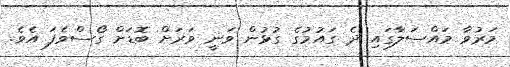
މަރުވާ މައްސަލާގައި ދެ ގައުމުގެ ގުޅުން ވަނީ ވަރަށް ބޮޑަށް ގޯސްވެފަ އެވެ.